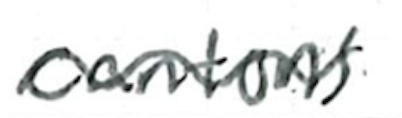
Text: cantons.
Cross-out: wave
Writing tool: ballpoint